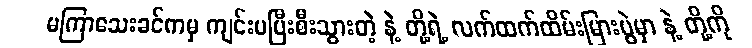
မကြာသေးခင်ကမှ ကျင်းပပြီးစီးသွားတဲ့ နဲ့ တို့ရဲ့ လက်ထက်ထိမ်းမြားပွဲမှာ နဲ့ တို့ကို